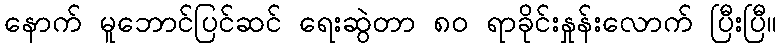
နောက် မူဘောင်ပြင်ဆင် ရေးဆွဲတာ ၈ဝ ရာခိုင်းနှုန်းလောက် ပြီးပြီ။